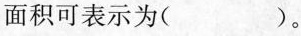
面积可表示为( )。